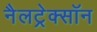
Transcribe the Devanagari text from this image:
नैलट्रेक्सॉन